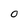
Character: O